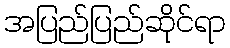
အပြည်ပြည်ဆိုင်ရာ